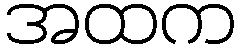
အထက